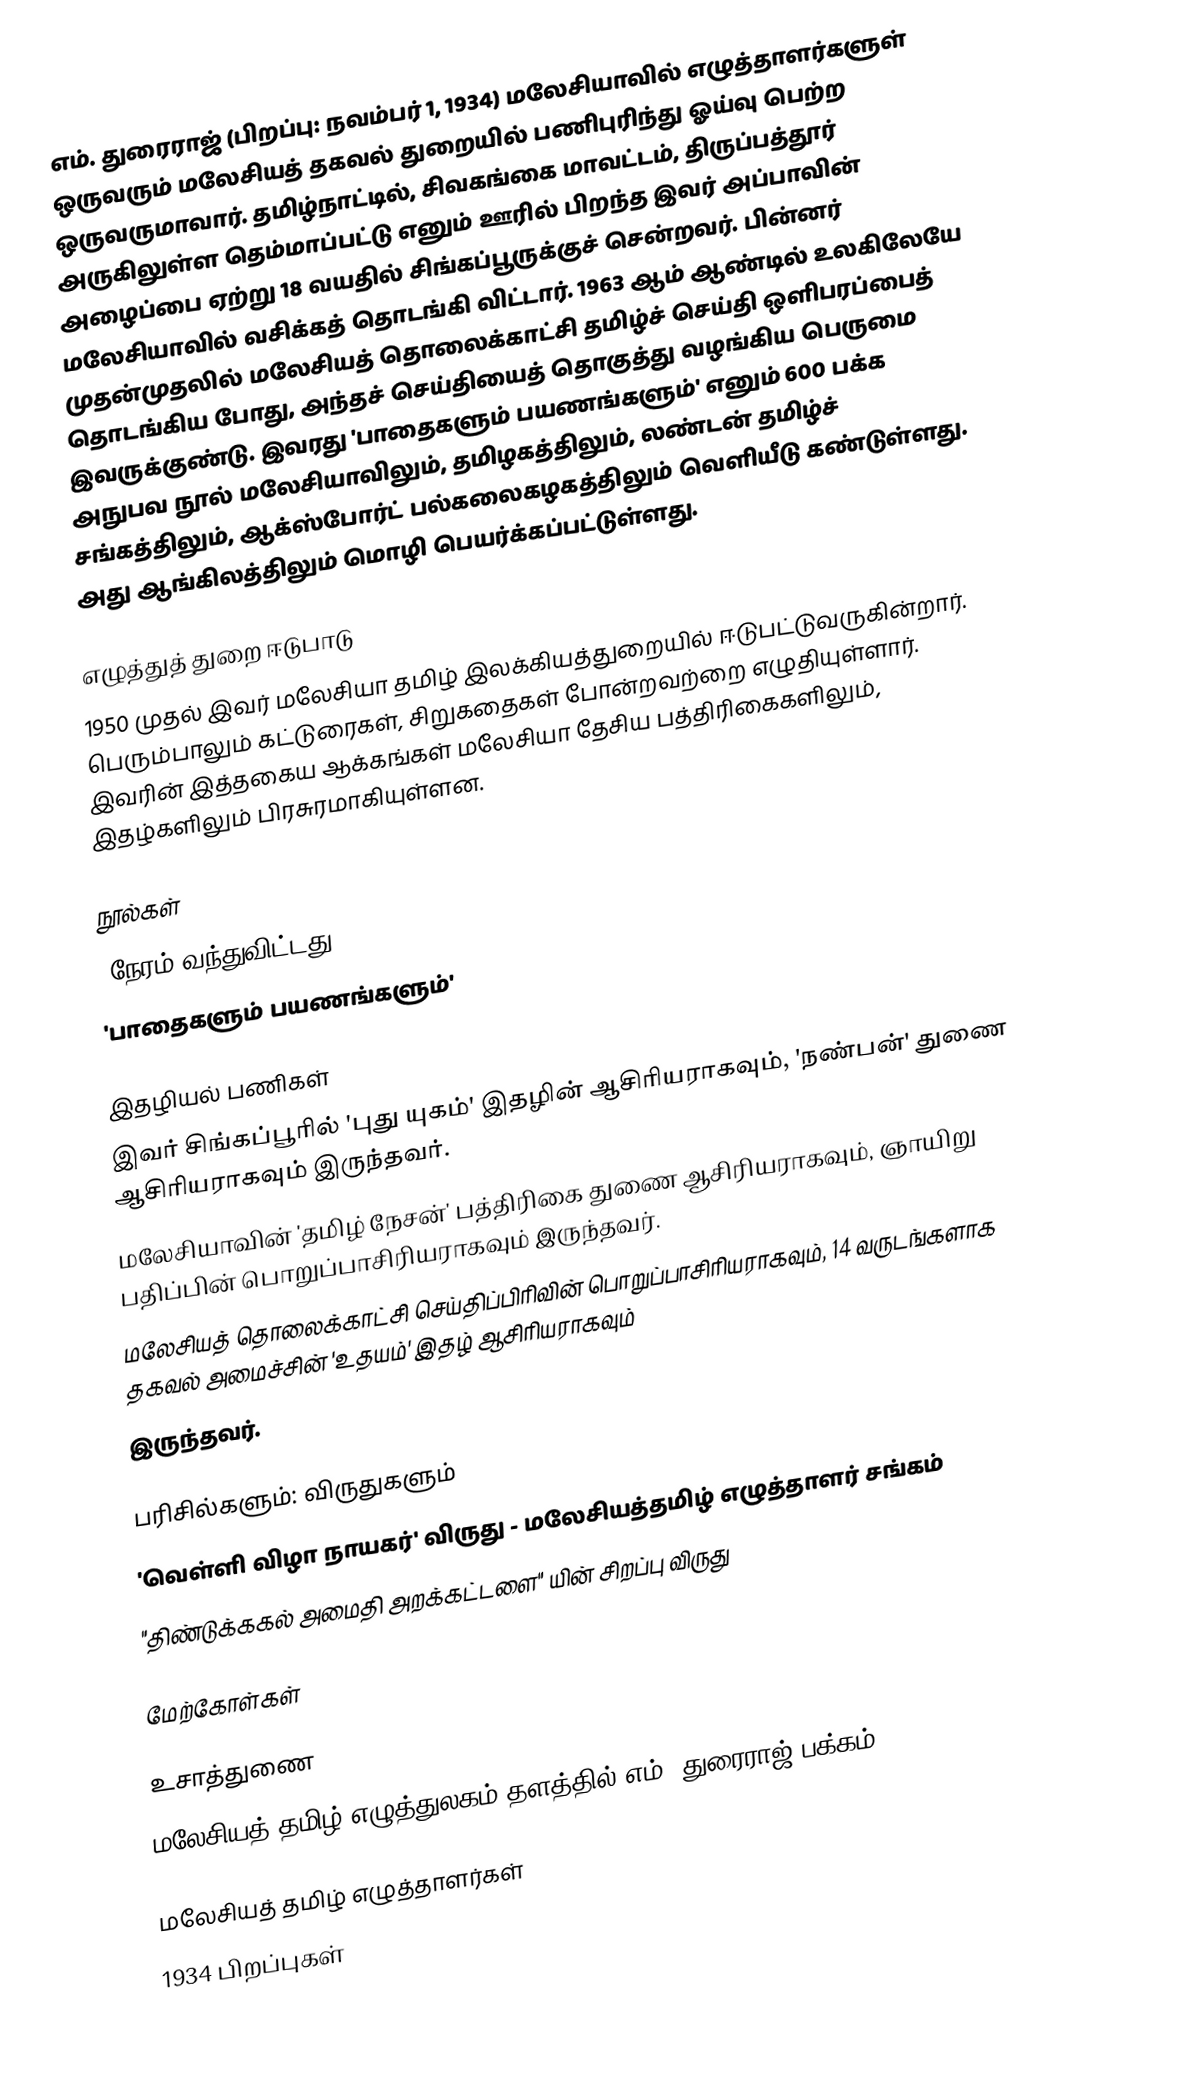
எம். துரைராஜ் (பிறப்பு: நவம்பர் 1, 1934) மலேசியாவில் எழுத்தாளர்களுள் ஒருவரும் மலேசியத் தகவல் துறையில் பணிபுரிந்து ஓய்வு பெற்ற ஒருவருமாவார். தமிழ்நாட்டில், சிவகங்கை மாவட்டம், திருப்பத்தூர் அருகிலுள்ள தெம்மாப்பட்டு எனும் ஊரில் பிறந்த இவர் அப்பாவின் அழைப்பை ஏற்று 18 வயதில் சிங்கப்பூருக்குச் சென்றவர். பின்னர் மலேசியாவில் வசிக்கத் தொடங்கி விட்டார். 1963 ஆம் ஆண்டில் உலகிலேயே முதன்முதலில் மலேசியத் தொலைக்காட்சி தமிழ்ச் செய்தி ஒளிபரப்பைத் தொடங்கிய போது, அந்தச் செய்தியைத் தொகுத்து வழங்கிய பெருமை இவருக்குண்டு. இவரது 'பாதைகளும் பயணங்களும்' எனும் 600 பக்க அநுபவ நூல் மலேசியாவிலும், தமிழகத்திலும், லண்டன் தமிழ்ச் சங்கத்திலும், ஆக்ஸ்போர்ட் பல்கலைகழகத்திலும் வெளியீடு கண்டுள்ளது. அது ஆங்கிலத்திலும் மொழி பெயர்க்கப்பட்டுள்ளது.

எழுத்துத் துறை ஈடுபாடு
1950 முதல் இவர் மலேசியா தமிழ் இலக்கியத்துறையில் ஈடுபட்டுவருகின்றார். பெரும்பாலும் கட்டுரைகள், சிறுகதைகள் போன்றவற்றை எழுதியுள்ளார். இவரின் இத்தகைய ஆக்கங்கள் மலேசியா தேசிய பத்திரிகைகளிலும், இதழ்களிலும் பிரசுரமாகியுள்ளன.

நூல்கள்
 'நேரம் வந்துவிட்டது
 'பாதைகளும் பயணங்களும்'

இதழியல் பணிகள்
 இவர் சிங்கப்பூரில் 'புது யுகம்' இதழின் ஆசிரியராகவும், 'நண்பன்' துணை ஆசிரியராகவும் இருந்தவர்.
 மலேசியாவின் 'தமிழ் நேசன்' பத்திரிகை துணை ஆசிரியராகவும், ஞாயிறு பதிப்பின் பொறுப்பாசிரியராகவும் இருந்தவர்.
 மலேசியத் தொலைக்காட்சி செய்திப்பிரிவின் பொறுப்பாசிரியராகவும், 14 வருடங்களாக தகவல் அமைச்சின் 'உதயம்' இதழ் ஆசிரியராகவும்
இருந்தவர்.

பரிசில்களும்: விருதுகளும்
 'வெள்ளி விழா நாயகர்' விருது - மலேசியத்தமிழ் எழுத்தாளர் சங்கம்
 "திண்டுக்ககல் அமைதி அறக்கட்டளை" யின் சிறப்பு விருது

மேற்கோள்கள்

உசாத்துணை
 மலேசியத் தமிழ் எழுத்துலகம் தளத்தில் எம். துரைராஜ் பக்கம்

மலேசியத் தமிழ் எழுத்தாளர்கள்
1934 பிறப்புகள்